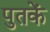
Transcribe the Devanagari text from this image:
पुतकें